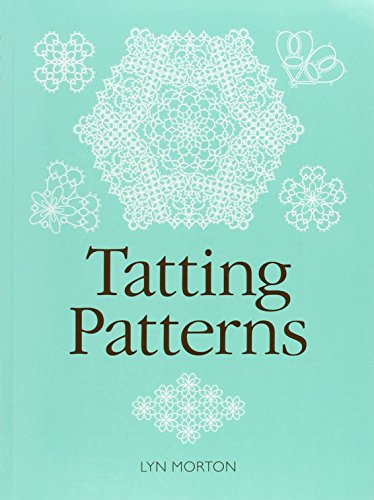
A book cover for Tatting Patterns; Lyn Morton; Crafts, Hobbies & Home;